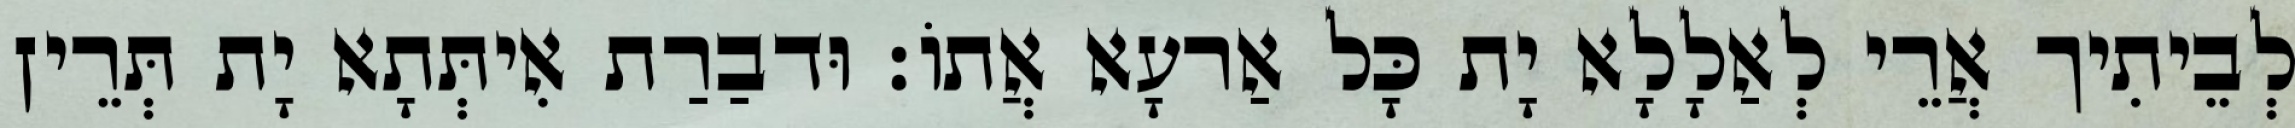
לְבֵיתִיך אֲרֵי לְאַלָלָא יָת כָּל אַרעָא אֲתוֹ׃ וּדבַרַת אִיתְּתָא יָת תְּרֵין